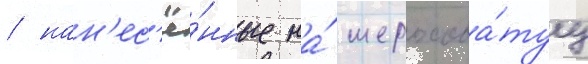
/ нан'ес'ё́нные на́ шерохова́туу